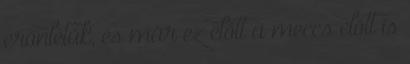
erőnlétük, és már ez előtt a meccs előtt is